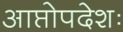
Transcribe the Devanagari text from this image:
आप्तोपदेशः